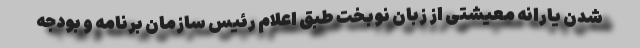
شدن یارانه معیشتی از زبان نوبخت طبق اعلام رئیس سازمان برنامه و بودجه